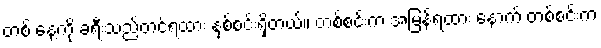
တစ် နေ့ကို ခရီးသည်တင်ရထား နှစ်စင်းရှိတယ်။ တစ်စင်းက အမြန်ရထား နောက် တစ်စင်းက